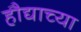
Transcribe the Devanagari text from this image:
हौद्याच्या